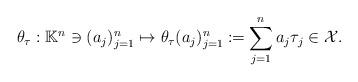
LaTeX: \begin{align*} \theta_\tau: \mathbb{K}^n \ni (a_j)_{j=1}^n \mapsto \theta_\tau (a_j)_{j=1}^n \coloneqq \sum_{j=1}^n a_j\tau_j \in\mathcal{X}. \end{align*}